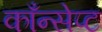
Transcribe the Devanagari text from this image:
काँन्सेप्ट